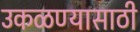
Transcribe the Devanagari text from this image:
उकळण्यासाठी